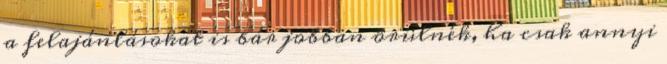
a felajánlásokat is bár jobban örülnék, ha csak annyi